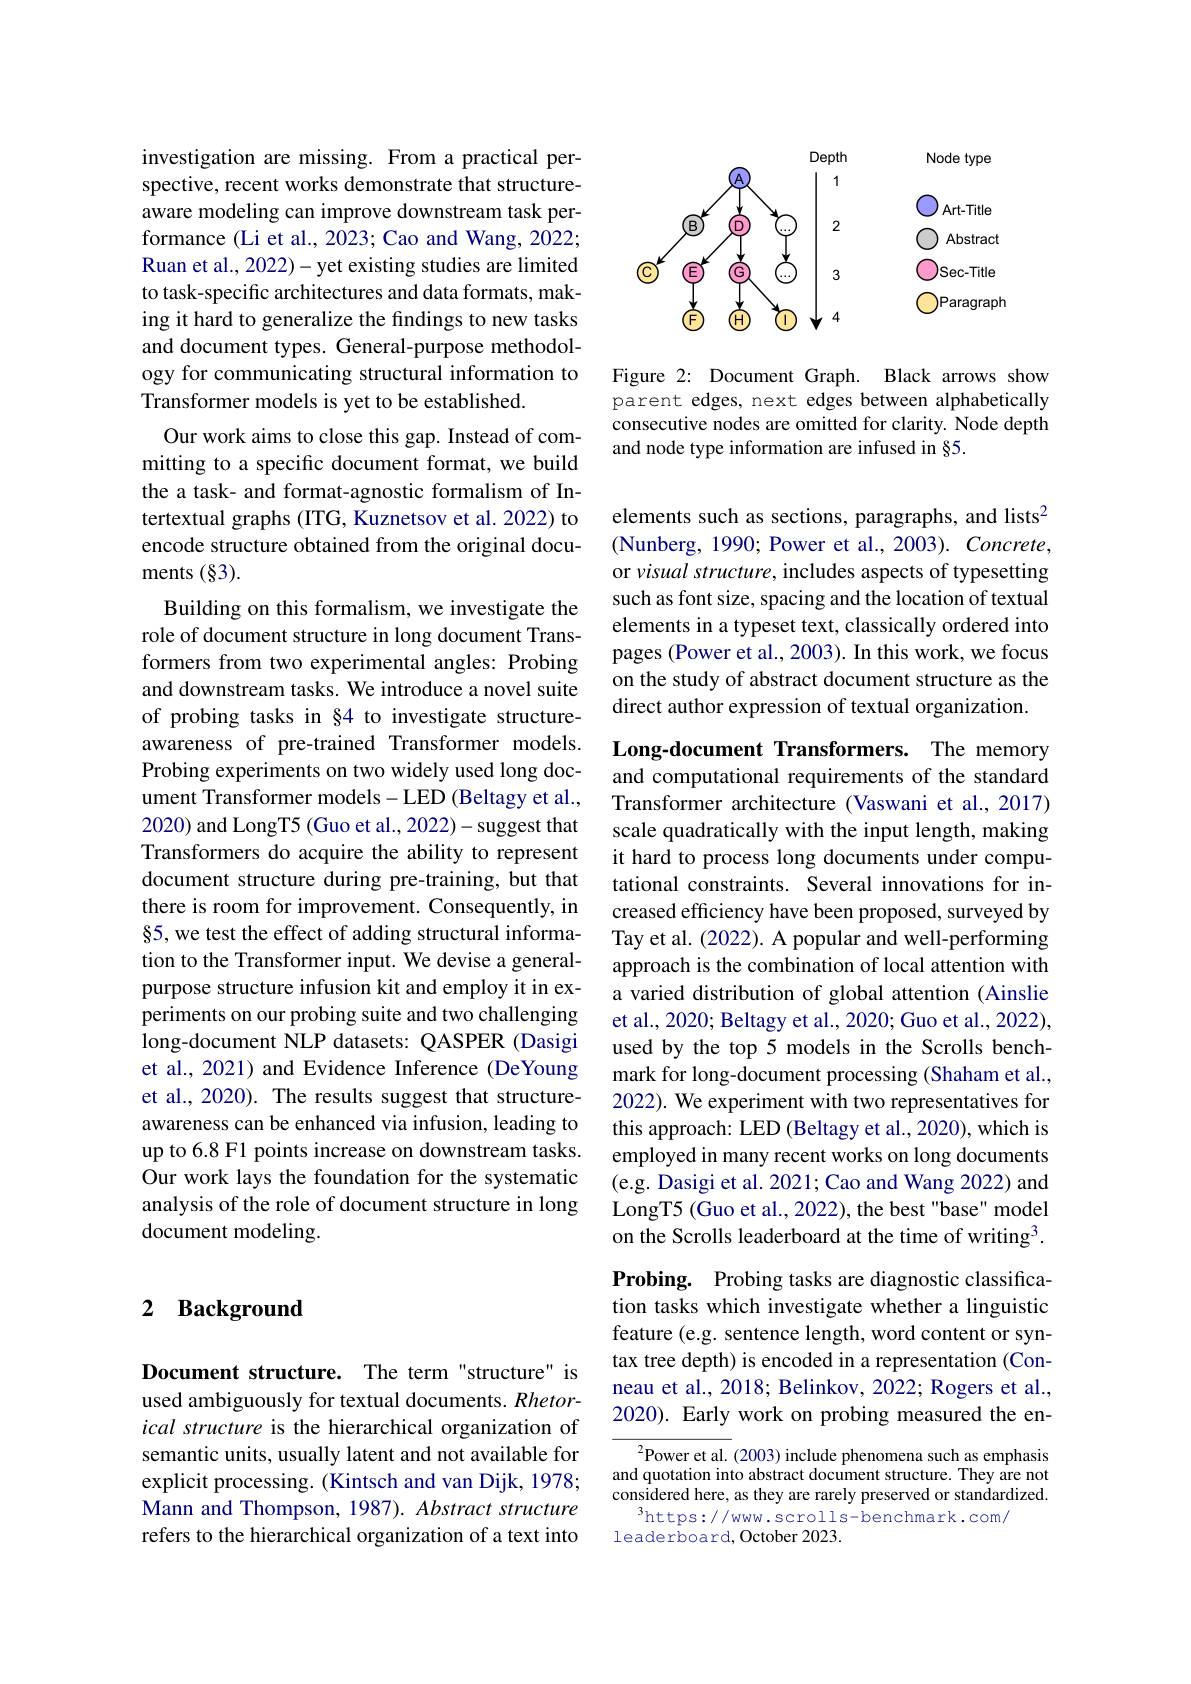
investigation are missing. From a practical perspective, recent works demonstrate that structureaware modeling can improve downstream task performance (Li et al., 2023; Cao and Wang, 2022; Ruan et al., 2022)- yet existing studies are limited to task-specific architectures and data formats, making it hard to generalize the findings to new tasks and document types. General-purpose methodology for communicating structural information to Transformer models is yet to be established.
Our work aims to close this gap. Instead of committing to a specific document format, we build the a task- and format-agnostic formalism of Intertextual graphs (ITG, Kuznetsov et al. 2022) to encode structure obtained from the original documents $(\S3).$
Building on this formalism, we investigate the role of document structure in long document Transformers from two experimental angles: Probing and downstream tasks. We introduce a novel suite of probing tasks in §4 to investigate structureawareness of pre-trained Transformer models. Probing experiments on two widely used long document Transformer models-LED (Beltagy et al., 2020) and LongT5 (Guo et al., 2022)- suggest that Transformers do acquire the ability to represent document structure during pre-training, but that there is room for improvement. Consequently, in §5, we test the effect of adding structural information to the Transformer input. We devise a generalpurpose structure infusion kit and employ it in experiments on our probing suite and two challenging long-document NLP datasets: QASPER (Dasigi et al., 2021) and Evidence Inference (DeYoung et al., 2020). The results suggest that structureawareness can be enhanced via infusion, leading to up to 6.8 F1 points increase on downstream tasks. Our work lays the foundation for the systematic analysis of the role of document structure in long document modeling.

### 2 $\textbf{Background}$

Document structure. The term"structure" is used ambiguously for textual documents. Rhetorical structure is the hierarchical organization of semantic units, usually latent and not available for explicit processing. (Kintsch and van Dijk, 1978; Mann and Thompson, 1987). Abstract structure refers to the hierarchical organization of a text into

<FigureHere>

Figure 2: Document Graph. Black arrows show parent edges, next edges between alphabetically consecutive nodes are omitted for clarity. Node depth and node type information are infused in §5.

elements such as sections, paragraphs, and lists$^2$ (Nunberg, 1990; Power et al., 2003). Concrete, or visual structure, includes aspects of typesetting such as font size, spacing and the location of textual elements in a typeset text, classically ordered into pages (Power et al., 2003). In this work, we focus on the study of abstract document structure as the direct author expression of textual organization.

Long-document Transformers. The memory and computational requirements of the standard Transformer architecture (Vaswani et al., 2017) scale quadratically with the input length, making it hard to process long documents under computational constraints. Several innovations for increased efficiency have been proposed, surveyed by Tay et al. (2022). A popular and well-performing approach is the combination of local attention with a varied distribution of global attention (Ainslie et al., 2020; Beltagy et al., 2020; Guo et al., 2022), used by the top 5 models in the Scrolls benchmark for long-document processing (Shaham et al., 2022). We experiment with two representatives for this approach: LED (Beltagy et al., 2020), which is employed in many recent works on long documents (e.g. Dasigi et al. 2021; Cao and Wang 2022) and LongT5 (Guo et al., 2022), the best "base" model on the Scrolls leaderboard at the time of writing3. Probing. Probing tasks are diagnostic classifica-

tion tasks which investigate whether a linguistic feature (e.g. sentence length, word content or syntax tree depth) is encoded in a representation (Conneau et al., 2018; Belinkov, 2022; Rogers et al., 2020). Early work on probing measured the en-

$^{2}$Power et al. (2003) include phenomena such as emphasis and quotation into abstract document structure. They are not considered here, as they are rarely preserved or standardized.
$^3$https://www.scrolls-benchmark.com/
leaderboard, October 2023.